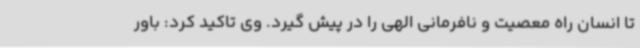
تا انسان راه معصیت و نافرمانی الهی را در پیش گیرد. وی تاکید کرد: باور